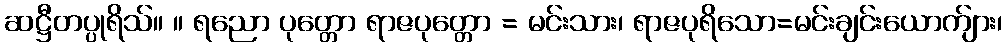
ဆဋ္ဌီတပ္ပုရိသ်။ ။ ရညော ပုတ္တော ရာဇပုတ္တော = မင်းသား၊ ရာဇပုရိသော=မင်းချင်းယောက်ျား၊